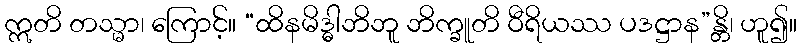
ဣတိ တသ္မာ၊ ကြောင့်။ “ထိနမိဒ္ဓါဘိဘူ ဘိက္ခူတိ ဝီရိယဿ ပဒဋ္ဌာန”န္တိ၊ ဟူ၍။